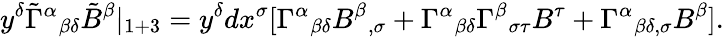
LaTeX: y^{\delta}\tilde{\Gamma}^{\alpha}{}_{\beta\delta}\tilde{B}^{\beta}|_{1+3}=y^{\delta}dx^{\sigma}[\Gamma^{\alpha}{}_{\beta\delta}B^{\beta}{}_{,\sigma}+\Gamma^{\alpha}{}_{\beta\delta}\Gamma^{\beta}{}_{\sigma\tau}B^{\tau}+\Gamma^{\alpha}{}_{\beta\delta,\sigma}B^{\beta}].